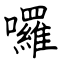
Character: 囉